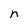
Character: n